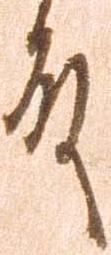
殿